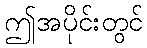
ဤအပိုင်းတွင်